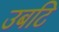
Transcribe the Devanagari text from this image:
उबटि